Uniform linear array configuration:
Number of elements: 8
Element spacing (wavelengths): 0.5
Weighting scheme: blackman
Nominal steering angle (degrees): -30
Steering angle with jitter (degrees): -31.121
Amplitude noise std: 0.05
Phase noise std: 0.05

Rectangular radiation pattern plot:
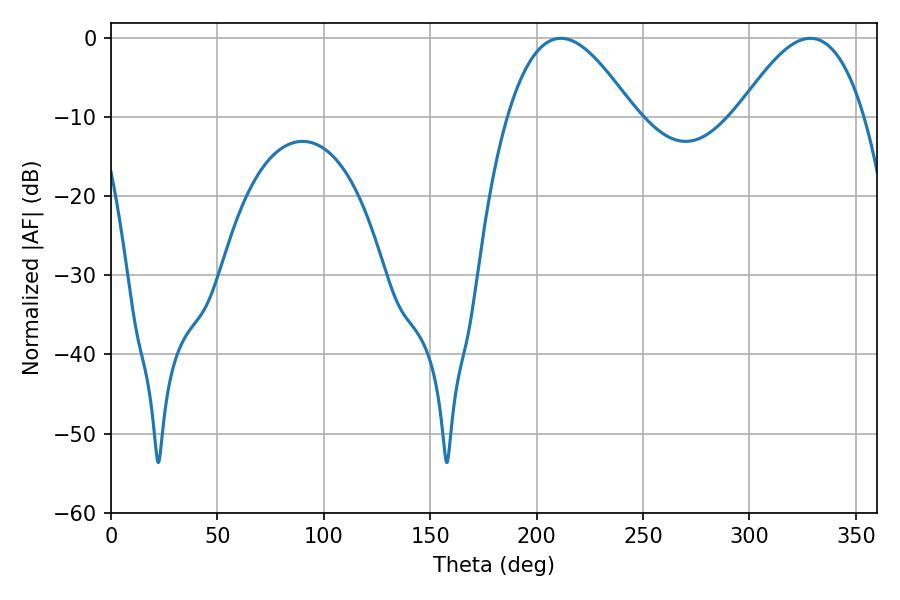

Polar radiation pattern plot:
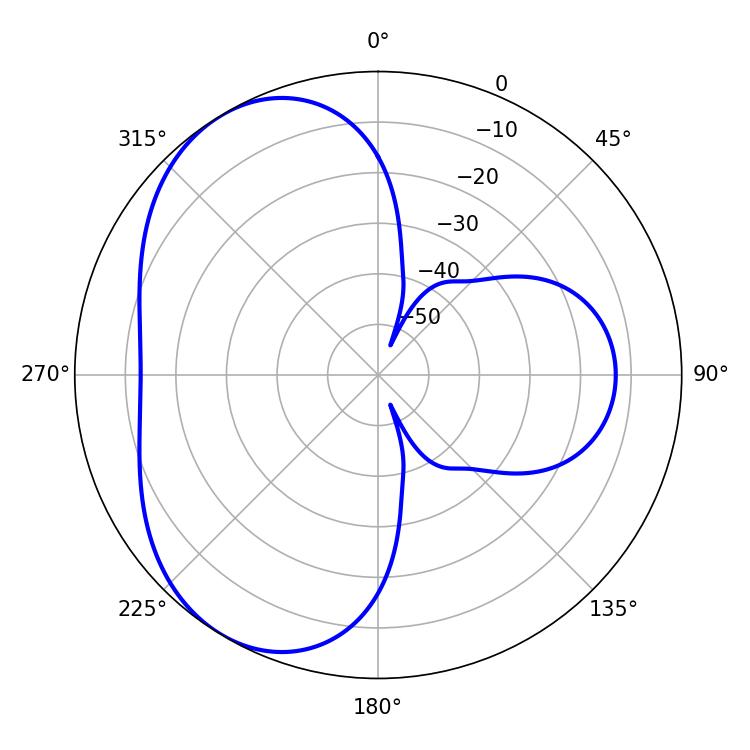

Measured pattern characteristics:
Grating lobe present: FALSE
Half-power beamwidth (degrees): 32.4
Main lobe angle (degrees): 211.32